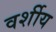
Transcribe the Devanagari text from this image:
वर्शीय